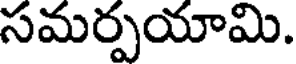
సమర్పయామి.